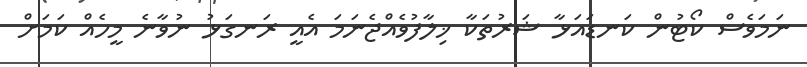
ނަމަވެސް ކޯޓުން ކަނޑައަޅާ ޝަރުތަކާ ޚިލާފުވެއްޖެނަމަ އެއީ ރަނގަޅު ނުވާނެ މީހެއް ކަމަށް